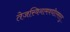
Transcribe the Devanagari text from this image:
तेजस्विनामवधीतमस्तु